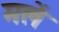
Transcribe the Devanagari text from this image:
मलें